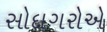
સોદાગરોએ